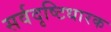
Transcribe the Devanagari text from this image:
सर्वदृष्टिधारक